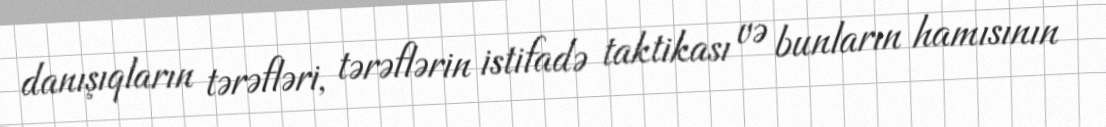
danışıqların tərəfləri, tərəflərin istifadə taktikası və bunların hamısının